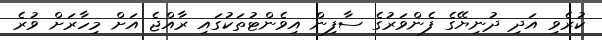
ކުރެވި އަދި ދުނިޔޭގެ ފެންވަރުގެ ސާފިން އިވެންޓުތަކުގައި ރާއްޖެ އަށް މިހާރަށް ވުރެ